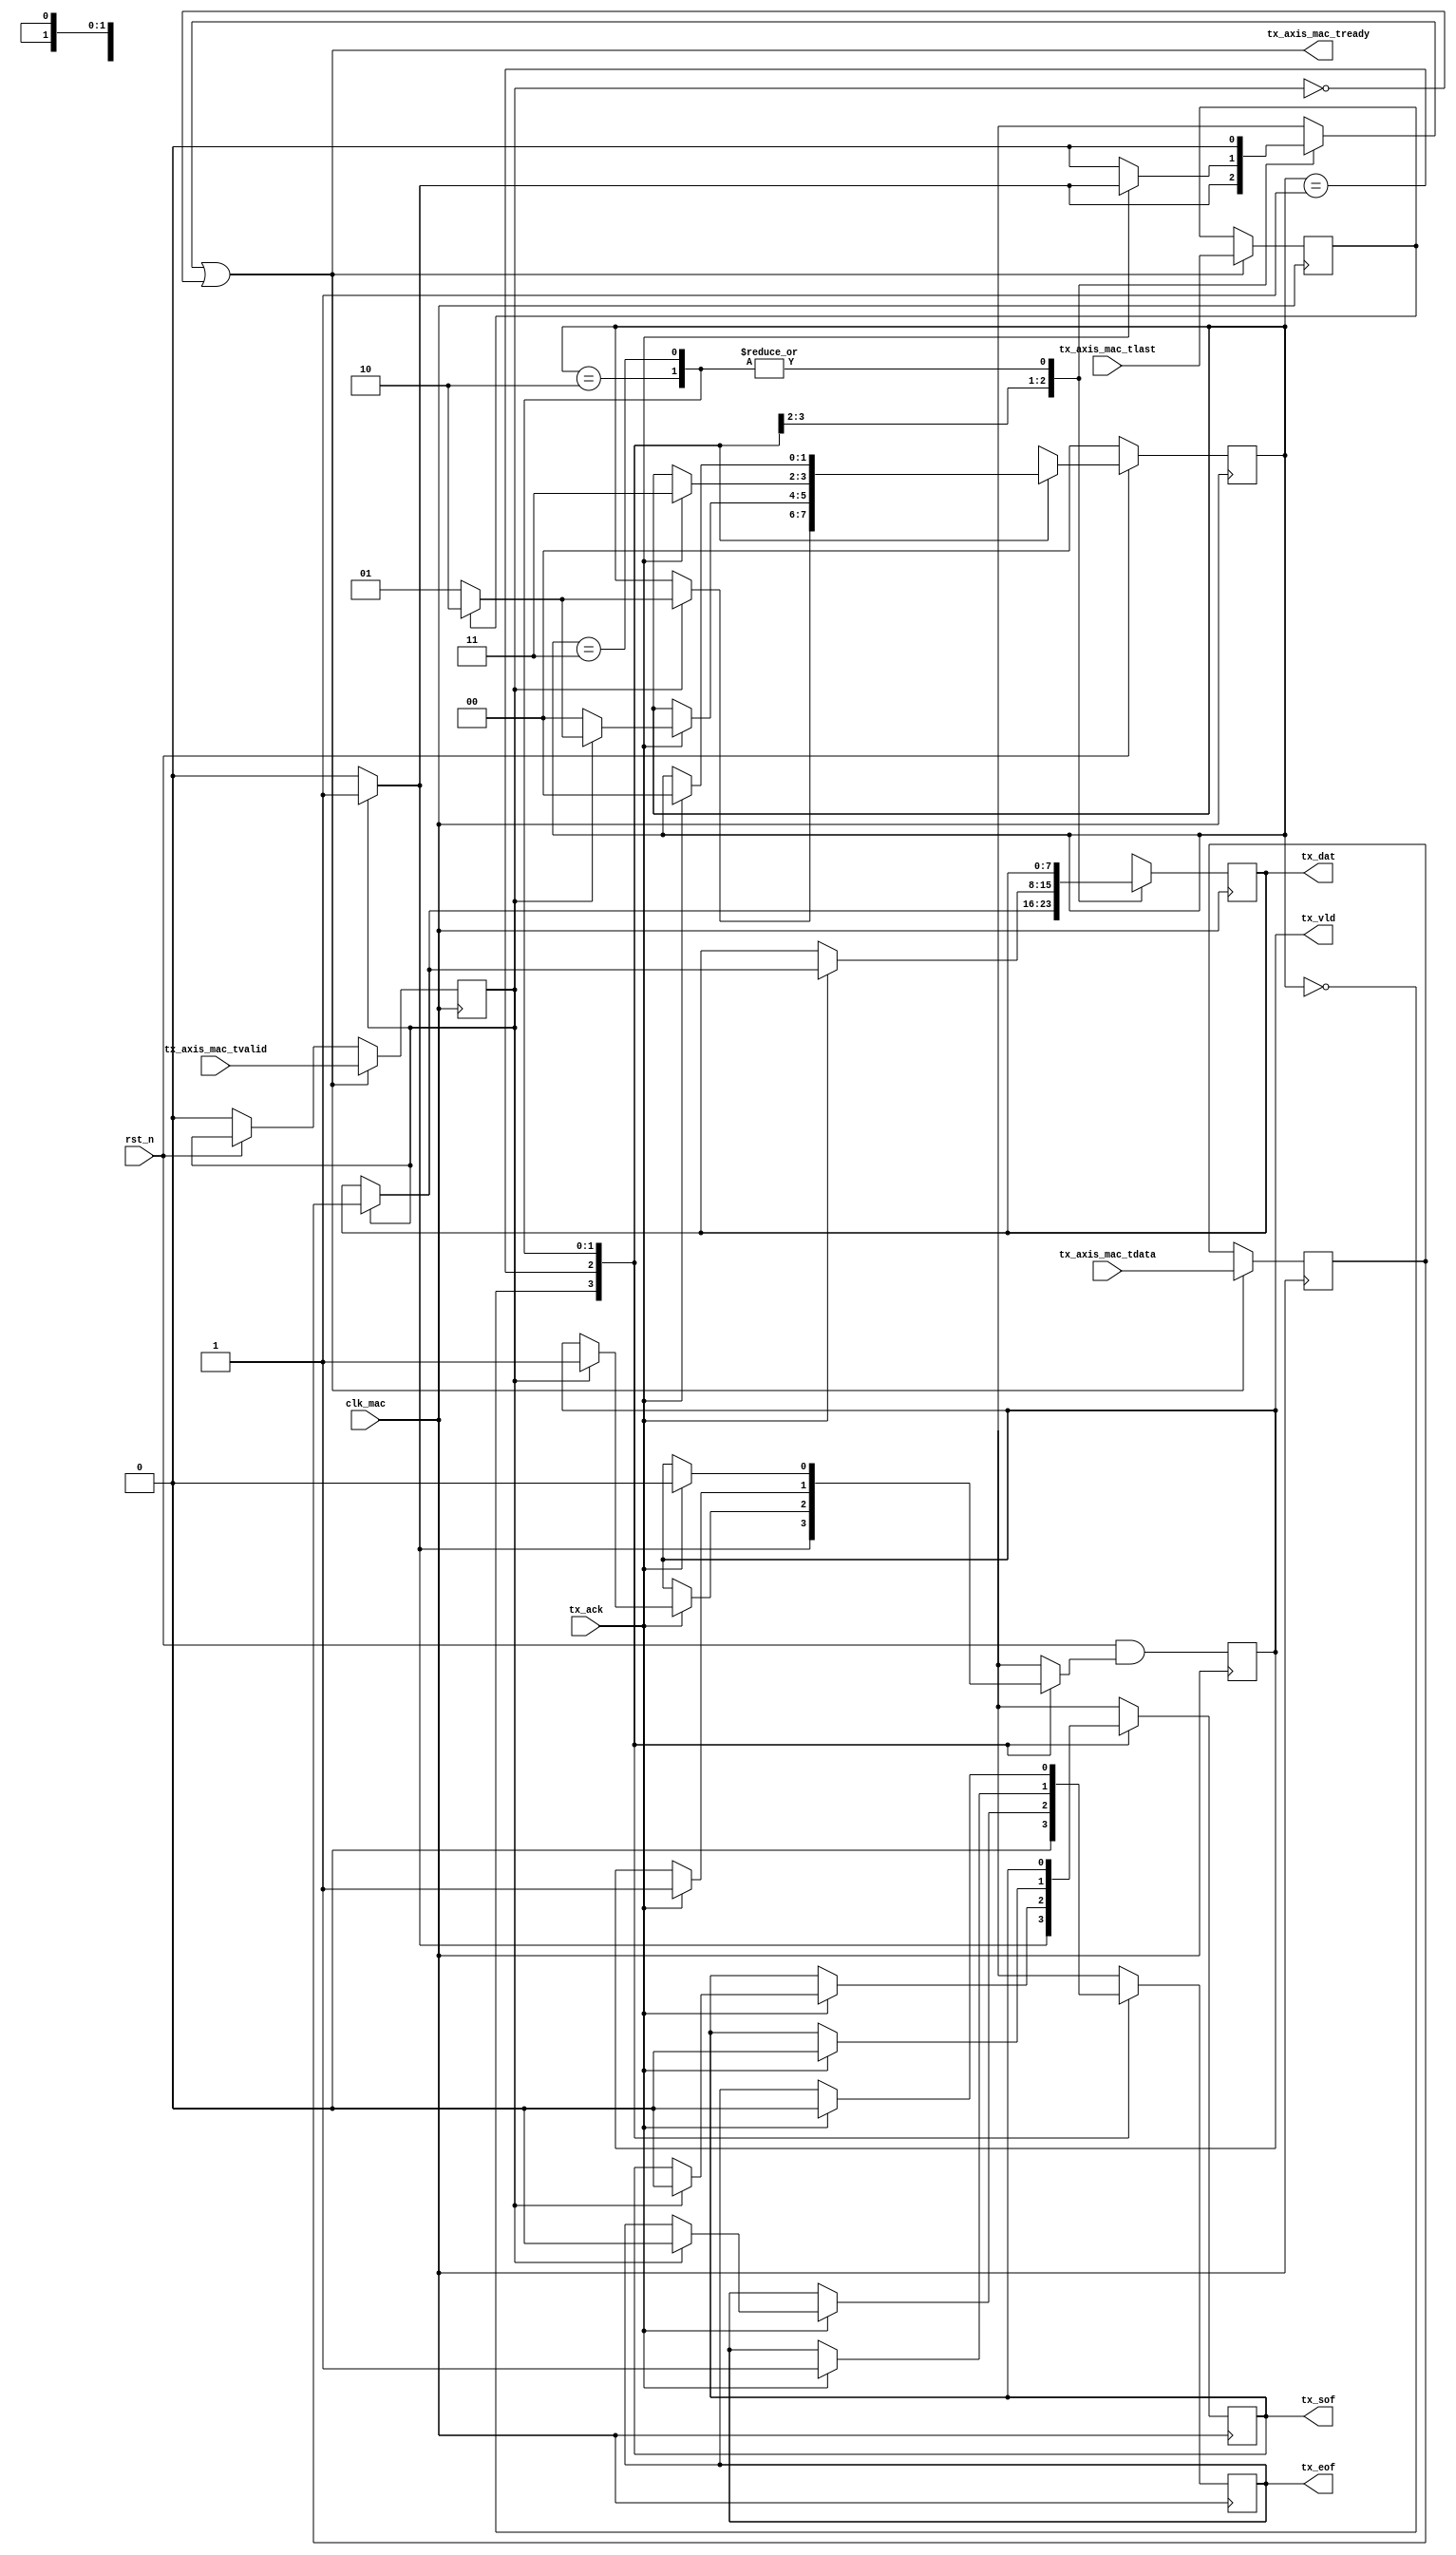
`timescale 1 ns / 1 ps

module tx_axis_adapter
(
	input            clk_mac,
	input            rst_n,
	
	output reg       tx_vld,
	output reg [7:0] tx_dat,
	output reg       tx_sof,
	output reg       tx_eof,
	input            tx_ack,
	
	input      [7:0] tx_axis_mac_tdata,
	input            tx_axis_mac_tvalid,
	input            tx_axis_mac_tlast,
	output           tx_axis_mac_tready
);
	reg       buffer_used;
	reg       buffer_vld;
	reg [7:0] buffer_data;
	reg       buffer_last;
	
	assign tx_axis_mac_tready = buffer_used || !buffer_vld;
	always @(posedge clk_mac) begin
		if(!rst_n) begin
			buffer_vld  <= 0;
		end if(tx_axis_mac_tready) begin
			buffer_vld  <= tx_axis_mac_tvalid;
			buffer_data <= tx_axis_mac_tdata;
			buffer_last <= tx_axis_mac_tlast;
		end
	end
	
	localparam STATE_IDLE    = 0;
	localparam STATE_DATA    = 1;
	localparam STATE_EOF     = 2;
	localparam STATE_ACK_EOF = 3;
	
	reg [1:0] state, next_state;
	always @(posedge clk_mac) begin
		if(rst_n)
			state <= next_state;
		else
			state <= STATE_IDLE;
	end
	
	reg       next_tx_vld;
	reg [7:0] next_tx_dat;
	reg       next_tx_sof;
	reg       next_tx_eof;
	always @(posedge clk_mac) begin
		tx_vld <= rst_n && next_tx_vld;
		tx_dat <= next_tx_dat;
		tx_sof <= next_tx_sof;
		tx_eof <= next_tx_eof;
	end
	
	always @* begin
		next_state  = state;
		buffer_used = 0;
		next_tx_vld = tx_vld;
		next_tx_dat = tx_dat;
		next_tx_sof = tx_sof;
		next_tx_eof = tx_eof;
		
		case(state)
			STATE_IDLE: begin
				next_tx_vld = 0;
				next_tx_eof = 0;
				next_tx_sof = 0;
				if(buffer_vld) begin
					next_state  = buffer_last ? STATE_EOF : STATE_DATA;
					next_tx_vld = 1;
					next_tx_dat = buffer_data;
					next_tx_sof = 1;
					buffer_used = 1;
				end
			end STATE_DATA: begin
				if(tx_ack) begin
					if(buffer_vld) begin
						next_state  = buffer_last ? STATE_EOF : STATE_DATA;
						next_tx_vld = 1;
						next_tx_dat = buffer_data;
						next_tx_sof = 0;
						next_tx_eof = 0;
						buffer_used = 1;
					end else
						next_state = STATE_IDLE;
				end
			end STATE_EOF: begin
				if(tx_ack) begin
					next_tx_vld = 1;
					next_tx_sof = 0;
					next_tx_eof = 1;
					next_state  = STATE_ACK_EOF;
				end
			end STATE_ACK_EOF: begin
				if(tx_ack) begin
					next_tx_vld = 0;
					next_tx_eof = 0;
					next_state  = STATE_IDLE;
				end
			end
		endcase
	end

endmodule